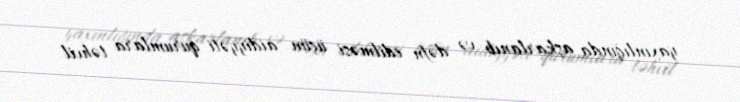
yaxınlığında aşkarlanıb və dəfn edilməsi üçün aidiyyəti qurumlara təhvil